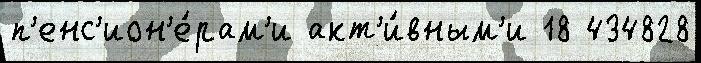
п'енс'ион'е́рам'и акт'и́вным'и 18 434828